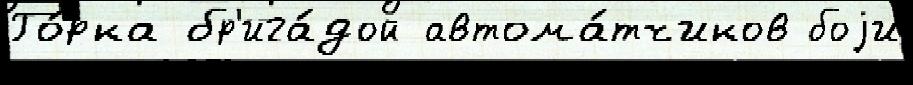
Го́рка бр'ига́дой автома́тчиков боjи